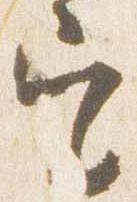
定